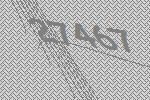
27467